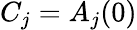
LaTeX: C_{j}=A_{j}(0)